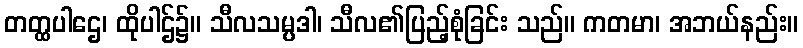
တတ္ထပါဌေ၊ ထိုပါဌ်၌။ သီလသမ္ပဒါ၊ သီလ၏ပြည့်စုံခြင်း သည်။ ကတမာ၊ အဘယ်နည်း။